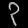
Digit: ၃